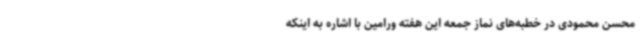
محسن محمودی در خطبه‌های نماز جمعه این هفته ورامین با اشاره به اینکه